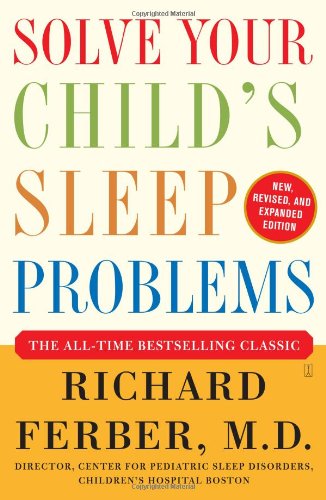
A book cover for Solve Your Child's Sleep Problems: New, Revised, and Expanded Edition; Richard Ferber; Parenting & Relationships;